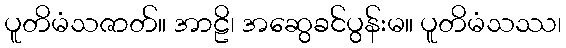
ပူတိမံသဇာတ်။ အာဠိ၊ အဆွေခင်ပွန်းမ။ ပူတိမံသဿ၊